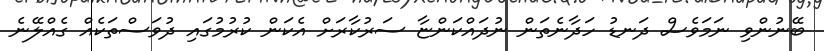
ބޭނުންވި ނަމަވެސް ދަނޑު ހަދާނެތަން ނުދައްކަންޏާ ސަރުކާރަށް އެކަން ކުރުމުގައި ދުވަސްތަކެއް ގެއްލޭނެ